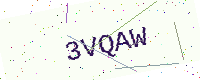
Text: 3VQAW